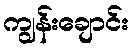
ကျွန်းချောင်း